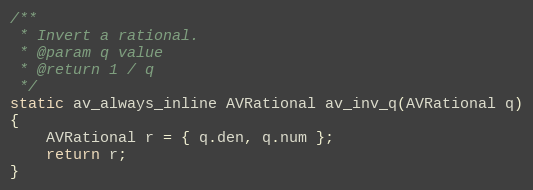
Language: C
/**
 * Invert a rational.
 * @param q value
 * @return 1 / q
 */
static av_always_inline AVRational av_inv_q(AVRational q)
{
    AVRational r = { q.den, q.num };
    return r;
}